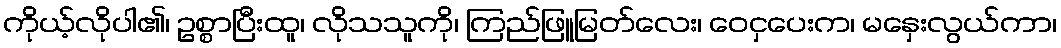
ကိုယ့်လိုပါ၏၊ ဥစ္စာပြီးထူ၊ လိုသသူကို၊ ကြည်ဖြူမြတ်လေး၊ ဝေငှပေးက၊ မနှေးလွယ်ကာ၊